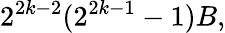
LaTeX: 2^{2k-2}(2^{2k-1}-1)B,